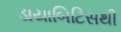
ડાયાબિટિસથી